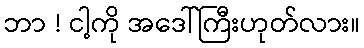
ဘာ ! ငါ့ကို အဒေါ်ကြီးဟုတ်လား။